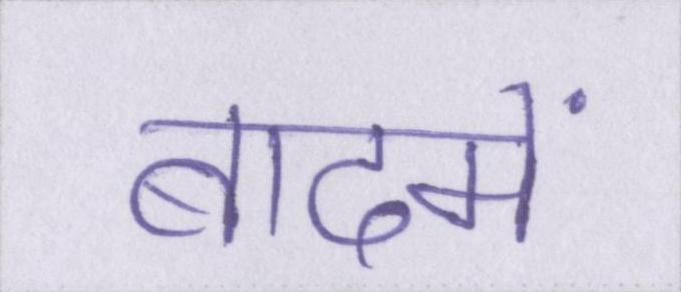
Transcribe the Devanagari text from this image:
बादमें